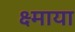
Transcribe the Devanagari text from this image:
क्ष्माया